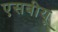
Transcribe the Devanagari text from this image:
एसबीयू